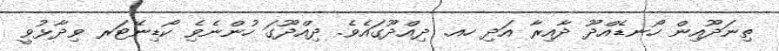
ތިނަދޫއިން ހޯނޑެއްދޫ ދާއިރާ އަދި ހއ. ދިއްދޫގައެވެ. ދިއްދޫގަ ހުންނެވެި ކޯޑިނޭޓަރ ވިދާޅުވީ